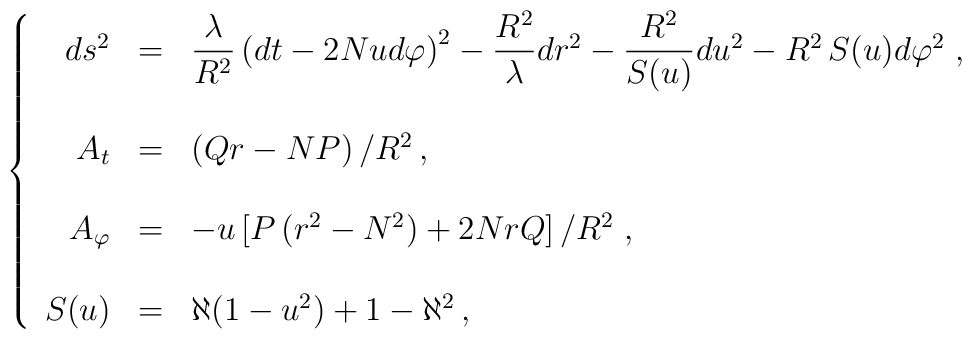
\left\{\begin{array}{rcl}ds^{2} & = & {\displaystyle\frac{\lambda}{R^{2}}}\left(dt -2Nud\varphi\right)^{2} -{\displaystyle\frac{R^{2}}{\lambda}}dr^{2}-{\displaystyle\frac{R^{2}}{S(u)}}du^{2} -R^{2}\, S(u)d\varphi^{2} \; ,\\& & \\A_{t} & = & \left( Qr-NP\right) /R^{2}\, ,\\& & \\A_{\varphi} & = & -u \left[ P\left( r^{2}-N^{2}\right)+ 2NrQ \right]/R^{2} \; ,\\& & \\S(u) & = &  \aleph (1-u^{2})+1-\aleph^{2}\, ,\\\end{array}\right.